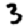
Digit: 3